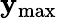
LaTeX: \mathbf{y}_{\mathrm{{max}}}